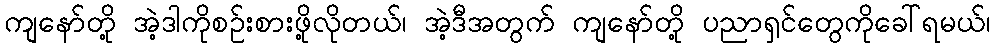
ကျနော်တို့ အဲ့ဒါကိုစဉ်းစားဖို့လိုတယ်၊ အဲ့ဒီအတွက် ကျနော်တို့ ပညာရှင်တွေကိုခေါ်ရမယ်၊